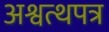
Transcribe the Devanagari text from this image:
अश्वत्थपत्र